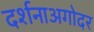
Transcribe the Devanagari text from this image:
दर्शनाअगोदर